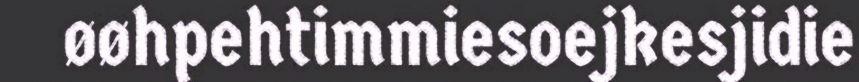
øøhpehtimmiesoejkesjidie